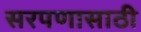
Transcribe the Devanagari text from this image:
सरपणासाठी